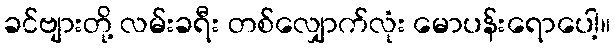
ခင်ဗျားတို့ လမ်းခရီး တစ်လျှောက်လုံး မောပန်းရောပေါ့။